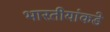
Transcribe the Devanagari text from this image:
भारतीयांकडे